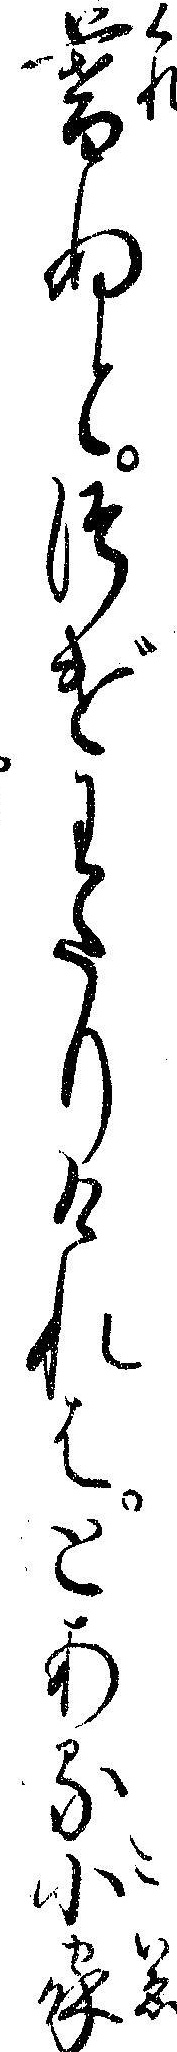
暮ぬとつげわたりけれはとある小家